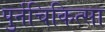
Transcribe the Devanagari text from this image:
पुर्नचिकित्सा